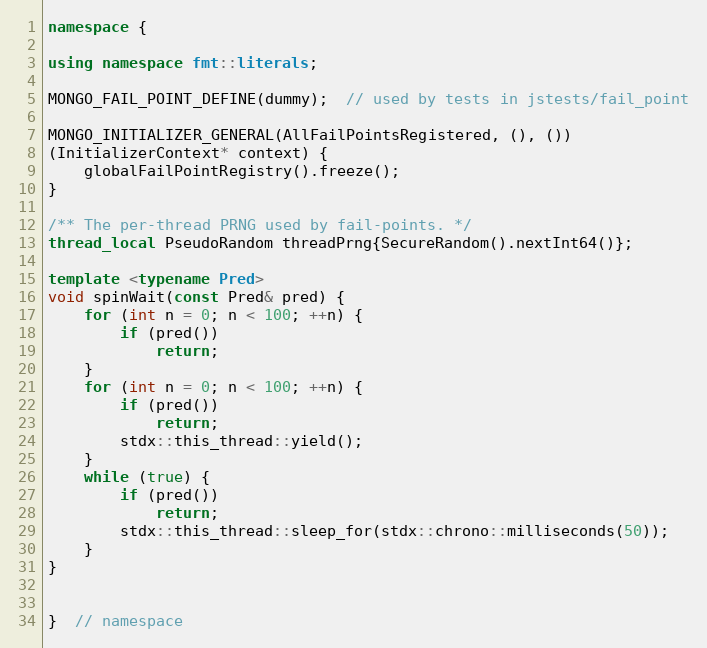
Language: C++
namespace {

using namespace fmt::literals;

MONGO_FAIL_POINT_DEFINE(dummy);  // used by tests in jstests/fail_point

MONGO_INITIALIZER_GENERAL(AllFailPointsRegistered, (), ())
(InitializerContext* context) {
    globalFailPointRegistry().freeze();
}

/** The per-thread PRNG used by fail-points. */
thread_local PseudoRandom threadPrng{SecureRandom().nextInt64()};

template <typename Pred>
void spinWait(const Pred& pred) {
    for (int n = 0; n < 100; ++n) {
        if (pred())
            return;
    }
    for (int n = 0; n < 100; ++n) {
        if (pred())
            return;
        stdx::this_thread::yield();
    }
    while (true) {
        if (pred())
            return;
        stdx::this_thread::sleep_for(stdx::chrono::milliseconds(50));
    }
}

}  // namespace